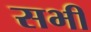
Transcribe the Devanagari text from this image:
सभीं